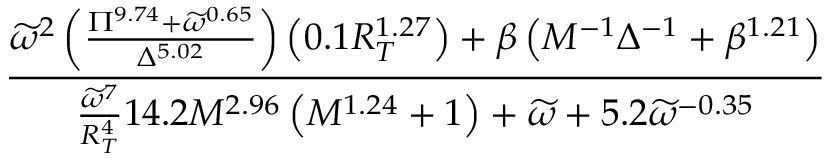
\frac { \widetilde { \omega } ^ { 2 } \left( \frac { \Pi ^ { 9 . 7 4 } + \widetilde { \omega } ^ { 0 . 6 5 } } { \Delta ^ { 5 . 0 2 } } \right) \left( 0 . 1 R _ { T } ^ { 1 . 2 7 } \right) + \beta \left( M ^ { - 1 } \Delta ^ { - 1 } + \beta ^ { 1 . 2 1 } \right) } { \frac { \widetilde { \omega } ^ { 7 } } { R _ { T } ^ { 4 } } 1 4 . 2 M ^ { 2 . 9 6 } \left( M ^ { 1 . 2 4 } + 1 \right) + \widetilde \omega + 5 . 2 \widetilde \omega ^ { - 0 . 3 5 } }